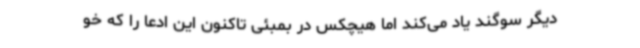
دیگر سوگند یاد می‌کند اما هیچکس در بمبئی تاکنون این ادعا را که خو